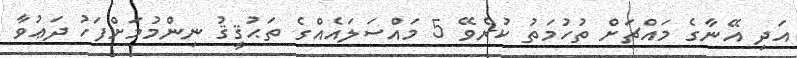
އަދި އޭނާގެ މައްޗަށް ތުހުމަތު ކުރެވޭ 5 މައްސަލައެއްގެ ތަޙުޤީޤު ނިންމުމަށްފަހު ދަޢުވާ